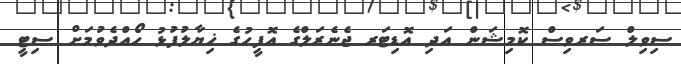
ސިވިލް ސަރވިސް ކޮމިޝަން އަދި އޮޑިޓަރ ޖެނެރަލްގެ އޮފީހުގެ ޚިޔާލުފުޅު ހޯއްދެވުމަށް ސިޓީ